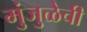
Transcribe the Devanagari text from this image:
मुंजुळेची